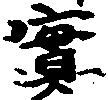
実